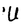
Character: U